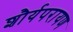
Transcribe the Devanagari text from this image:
शौर्यपरायण